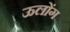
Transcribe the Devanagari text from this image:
ऊलोंग